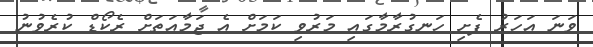
ވަނަ އަހަރު ފެށި ހަނގުރާމާގައި މަރުވި ކަމަށް އެ ޖަމާއަތަށް ރެކޯޑް ކުރެވުނު